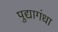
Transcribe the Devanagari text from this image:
पुद्यागंधा